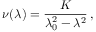
\nu ( \lambda ) = \frac { K } { \lambda _ { 0 } ^ { 2 } - \lambda ^ { 2 } } \, ,